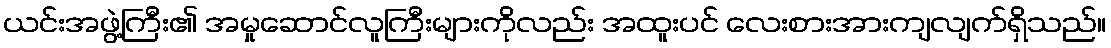
ယင်းအဖွဲ့ကြီး၏ အမှုဆောင်လူကြီးများကိုလည်း အထူးပင် လေးစားအားကျလျက်ရှိသည်။